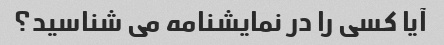
آیا کسی را در نمایشنامه می شناسید؟